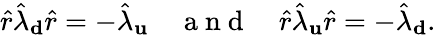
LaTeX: \hat{r}\hat{\lambda}_{\mathbf d}\hat{r}=-\hat{\lambda}_{\mathbf u}\quad\mathrm{~a~n~d~}\quad\hat{r}\hat{\lambda}_{\mathbf u}\hat{r}=-\hat{\lambda}_{\mathbf d}.